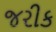
જરીક